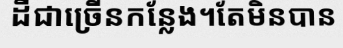
ដីជាច្រើនកន្លែង។តែមិនបាន